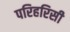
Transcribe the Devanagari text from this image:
परिहरिसी